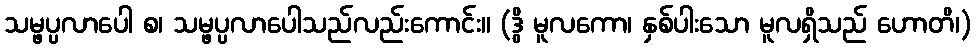
သမ္ဖပ္ပလာပေါ စ၊ သမ္ဖပ္ပလာပေါသည်လည်းကောင်း။ (ဒွိ မူလကော၊ နှစ်ပါးသော မူလရှိသည် ဟောတိ၊)